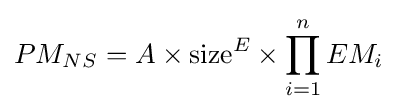
PM_{NS}=A\times {\text{size}}^{E}\times \prod _{i=1}^{n}EM_{i}